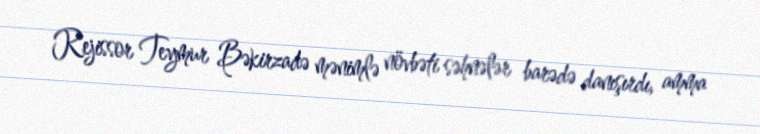
Rejissor Teymur Bəkirzadə mənimlə növbəti səhnələr barədə danışırdı, amma